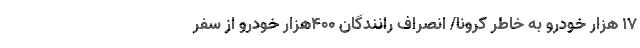
۱۷ هزار خودرو به خاطر کرونا/ انصراف رانندگان ۴۰۰هزار خودرو از سفر